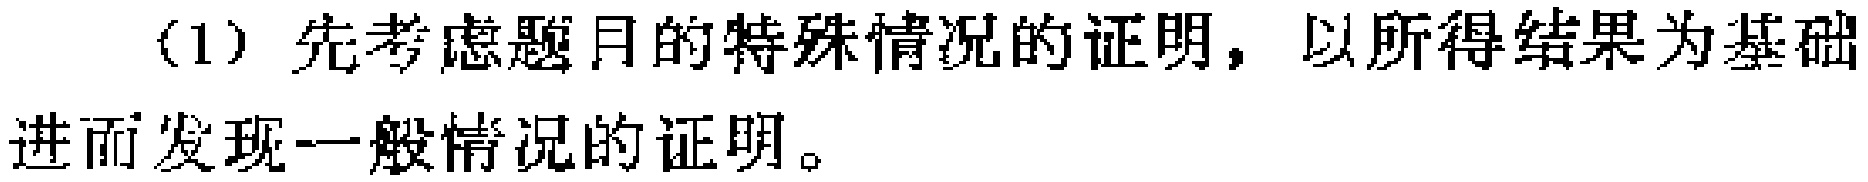
（1）先考虑题月的特殊情况的证明，以所得结果为基础进而发现一般情况的证明。